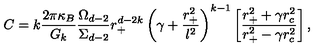
C = k \frac { 2 \pi \kappa _ { B } } { G _ { k } } \frac { \Omega _ { d - 2 } } { \Sigma _ { d - 2 } } r _ { + } ^ { d - 2 k } \left( \gamma + \frac { r _ { + } ^ { 2 } } { l ^ { 2 } } \right) ^ { k - 1 } \left[ \frac { r _ { + } ^ { 2 } + \gamma r _ { c } ^ { 2 } } { r _ { + } ^ { 2 } - \gamma r _ { c } ^ { 2 } } \right] ,